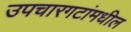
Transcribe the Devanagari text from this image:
उपचारगटांमधील